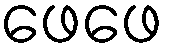
ဖေဖေ